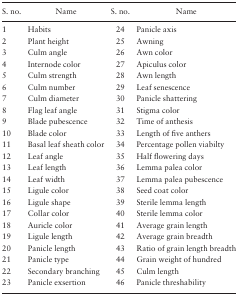
<table><thead><tr><td><b>S. no.</b></td><td><b>Name</b></td><td><b>S. no.</b></td><td><b>Name</b></td></tr></thead><tbody><tr><td>1</td><td>Habits</td><td>24</td><td>Panicle axis</td></tr><tr><td>2</td><td>Plant height</td><td>25</td><td>Awning</td></tr><tr><td>3</td><td>Culm angle</td><td>26</td><td>Awn color</td></tr><tr><td>4</td><td>Internode color</td><td>27</td><td>Apiculus color</td></tr><tr><td>5</td><td>Culm strength</td><td>28</td><td>Awn length</td></tr><tr><td>6</td><td>Culm number</td><td>29</td><td>Leaf senescence</td></tr><tr><td>7</td><td>Culm diameter</td><td>30</td><td>Panicle shattering</td></tr><tr><td>8</td><td>Flag leaf angle</td><td>31</td><td>Stigma color</td></tr><tr><td>9</td><td>Blade pubescence</td><td>32</td><td>Time of anthesis</td></tr><tr><td>10</td><td>Blade color</td><td>33</td><td>Length of five anthers</td></tr><tr><td>11</td><td>Basal leaf sheath color</td><td>34</td><td>Percentage pollen viabilty</td></tr><tr><td>12</td><td>Leaf angle</td><td>35</td><td>Half flowering days</td></tr><tr><td>13</td><td>Leaf length</td><td>36</td><td>Lemma palea color</td></tr><tr><td>14</td><td>Leaf width</td><td>37</td><td>Lemma palea pubescence</td></tr><tr><td>15</td><td>Ligule color</td><td>38</td><td>Seed coat color</td></tr><tr><td>16</td><td>Ligule shape</td><td>39</td><td>Sterile lemma length</td></tr><tr><td>17</td><td>Collar color</td><td>40</td><td>Sterile lemma color</td></tr><tr><td>18</td><td>Auricle color</td><td>41</td><td>Average grain length</td></tr><tr><td>19</td><td>Ligule length</td><td>42</td><td>Average grain breadth</td></tr><tr><td>20</td><td>Panicle length</td><td>43</td><td>Ratio of grain length breadth</td></tr><tr><td>21</td><td>Panicle type</td><td>44</td><td>Grain weight of hundred</td></tr><tr><td>22</td><td>Secondary branching</td><td>45</td><td>Culm length</td></tr><tr><td>23</td><td>Panicle exsertion</td><td>46</td><td>Panicle threshability</td></tr></tbody></table>